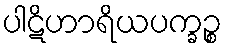
ပါဋိဟာရိယပက္ခဉ္စ